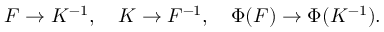
F \to K ^ { - 1 } , \ \ \ K \to F ^ { - 1 } , \ \ \ \Phi ( F ) \to \Phi ( K ^ { - 1 } ) .